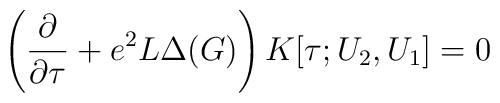
\left(\frac{\partial}{\partial\tau}+e^2L\Delta(G)\right) K[\tau;U_2,U_1]=0